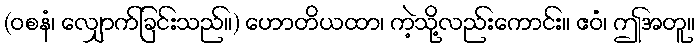
(ဝစနံ၊ လျှောက်ခြင်းသည်။) ဟောတိယထာ၊ ကဲ့သို့လည်းကောင်း။ ဧဝံ၊ ဤအတူ။